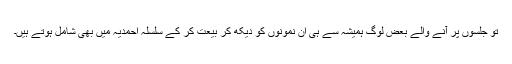
تو جلسوں پر آنے والے بعض لوگ ہمیشہ سے ہی ان نمونوں کو دیکھ کر بیعت کر کے سلسلہ احمدیہ میں بھی شامل ہوتے ہیں۔